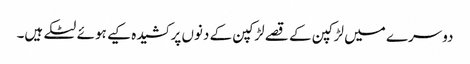
دوسرے میں لڑکپن کے قصے لڑکپن کے دنوں پر کشیدہ کیے ہوئے لٹکے ہیں۔